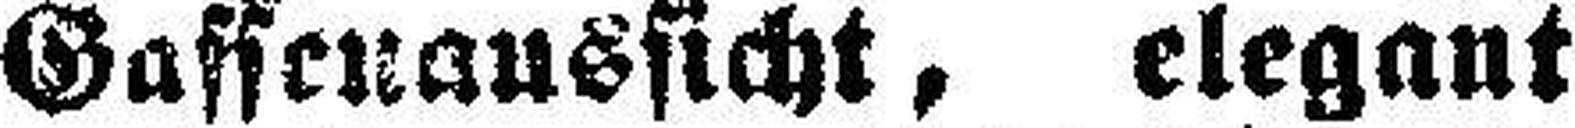
Gassenaussicht, elegant